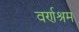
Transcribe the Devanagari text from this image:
वर्णश्रम